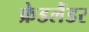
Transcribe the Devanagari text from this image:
फ्रेडलैंडर